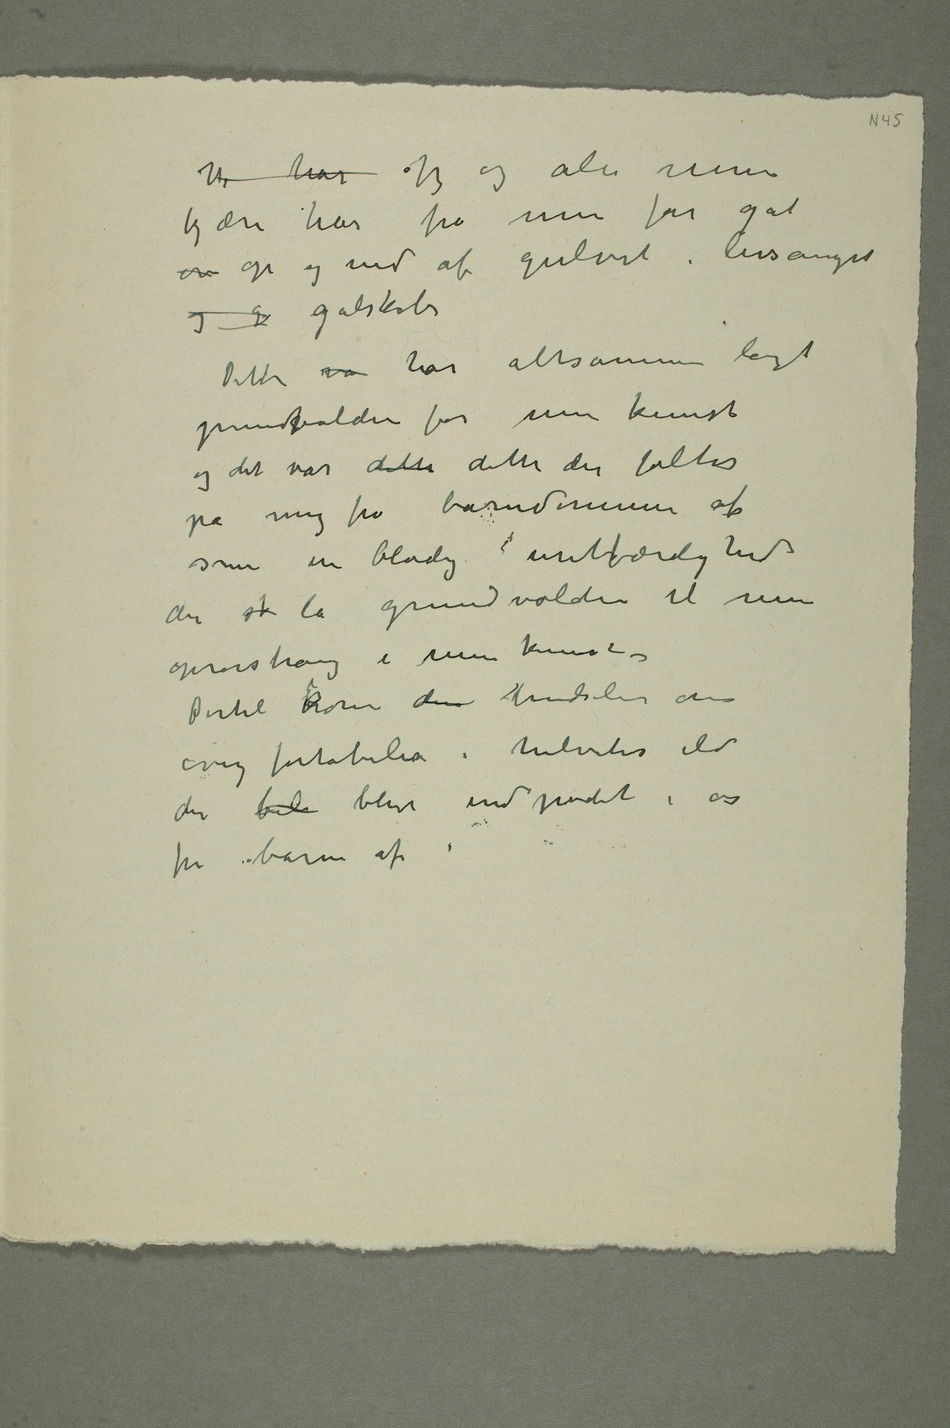
Vi har Jeg og alle mine
kjære har fra min far gåt
om op og ned af gulvet i livsangst
og g galskab
Dette va har altsammen lagt
grundvolden for min kunst og
det var dette dette der føltes
på mig fra barndommen af
som en blodig uretfærdighed
der sk la grundvolden til min
oprørstrang i min
– Dertil kom den rædselen om
evig fortabelse i helvetes ild
der bel blev indpodet i os